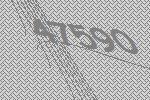
47590